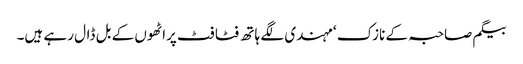
بیگم صاحبہ کے نازک ‘ مہندی لگے ہاتھ فٹا فٹ پراٹھوں کے بل ڈال رہے ہیں۔